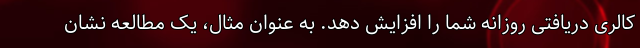
کالری دریافتی روزانه شما را افزایش دهد. به عنوان مثال، یک مطالعه نشان